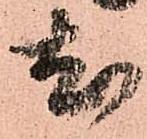
尤